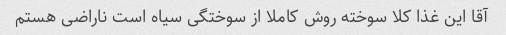
آقا این غذا کلا سوخته روش کاملا از سوختگی سیاه است ناراضی هستم